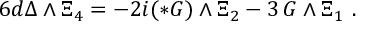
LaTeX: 6 d \Delta \wedge \Xi _ { 4 } = - 2 i ( * G ) \wedge \Xi _ { 2 } - 3 \, G \wedge \Xi _ { 1 } \ .